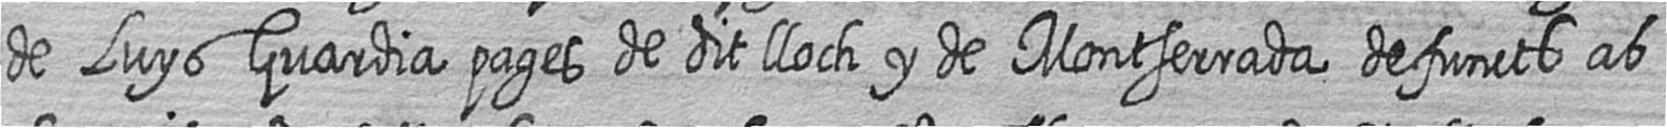
de Luys Guardia pages de dit lloch y de Montserrada defuncts ab